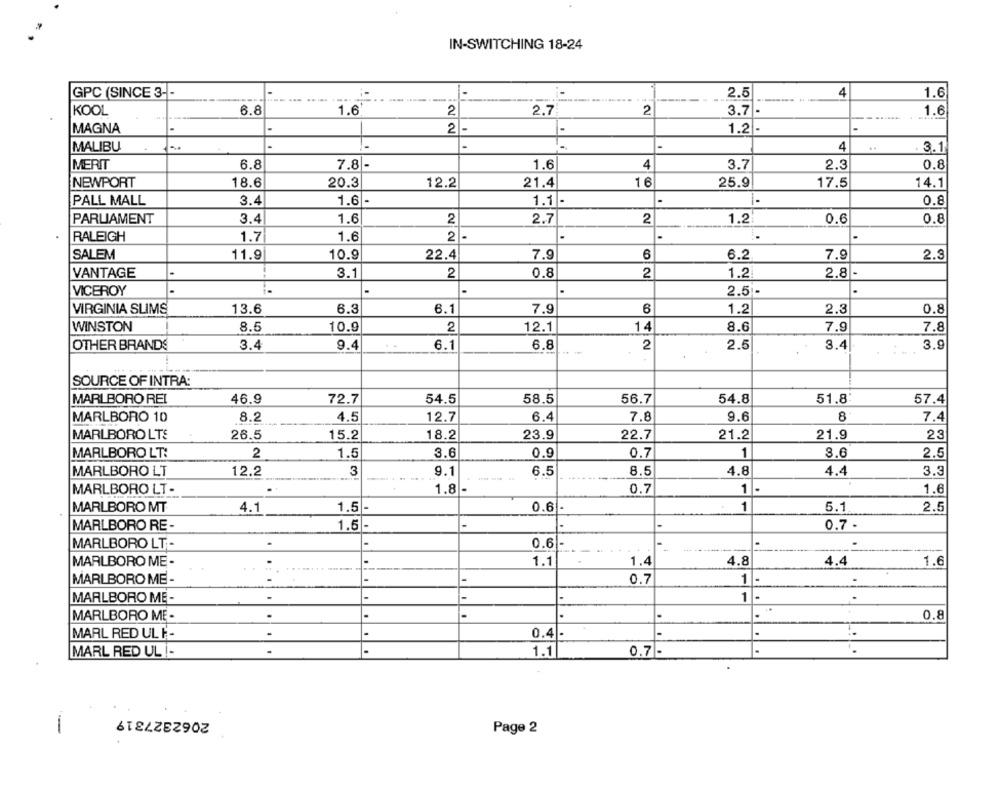
IN-SWITCHING 18-24
-
GPC (SINCE 3 --
2.5
4
1.6
6.8
1.6
2
2.7
2
3.7 -
KOOL
1.6
2
-
-
MAGNA
1.2
-
MALIBU
-
4
3.1
MERIT
6.8
7.8
1.6
4
3.7
2.3
0.8
16
25.9
14.1
NEWPORT
18.6
20.3
12.2
21.4
17.5
PALL MALL
3.4
1.6 -
1.1
-
0.8
PARLIAMENT
3.4
1.6
2
2.7
2
1.2
0.6
0.8
RALEIGH
1.7
1.6
2
SALEM
11.9
10.9
22.4
7.9
6
6.2
7.9
2.3
VANTAGE
-
3.1
2
0.8
2
1.2
2.8
-
VICEROY
-
2.5 -
6.1
6
1.2
VIRGINIA SLIMS
13.6
6.3
7.9
2.3
0.8
WINSTON
8.5
10.9
2
12.
14
8.6
7.9
7.8
OTHER BRANDS
3.4
9.4
6.1
6.8
2
2.5
3.4
3.9
.-
SOURCE OF INTRA:
MARLBORO REI
46.9
72.7
54.5
58.5
56.7
54.8
51.8
57.4
MARLBORO 10
8.2
4.5
12.7
6.4
7.8
9.6
8
7.4
MARLBORO LTS
26.5
15.2
18.2
23.9
22.7
21.2
21.9
23
1
MARLBORO LT:
2
1.5
3.6
0.9
0.7
8.6
2.5
MARLBORO LT
12.2
3
9.1
6.5
8.5
4.8
4.4
3.3
MARLBORO LT -
1.8
0.7
1
1.6
1.5
1
5.1
MARLBORO MT
4.1
0.6
2.5
MARLBORO RE -
1.5
-
0.7 .
MARLBORO LT -
0.6-
-
MARLBORO ME
1.1
1.4
4.8
4.4
1.6
MARLBORO ME -
0.7
1
-
MARLBORO ME -
-
1
MARLBORO ME-
.
·
.
0.8
0.4 -
-
MARL RED UL F-
MARL RED UL -
1.1
0.7 -
2062327319
Page 2